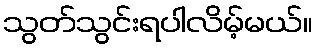
သွတ်သွင်းရပါလိမ့်မယ်။